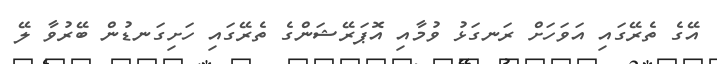
އޭގެ ތެރޭގައި އަވަހަށް ރަނގަޅު ވުމާއި އޮޕަރޭޝަންގެ ތެރޭގައި ހަށިގަނޑުން ބޭރުވާ ލޭ